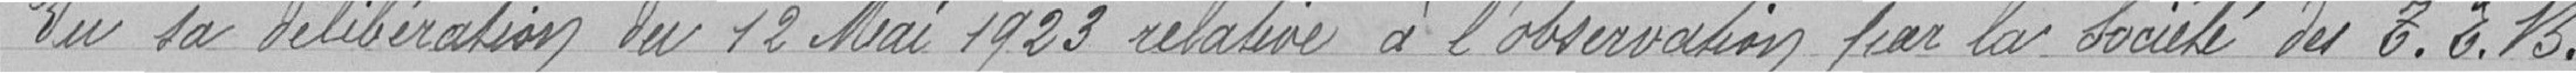
Vu sa délibération du 12 mai 1923 relative à l'observation par la société du T.E.B.